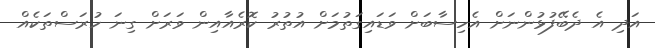
އަދި އެ ދެބޭފުޅުންނަށް އެހިސާބަށް ވަޑައިގަތުމަށް އުތުރު ކޮރެއާއިން ވަރަށް ގިނަ ހުރަސްތަކެއް